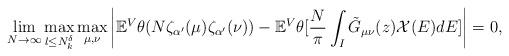
LaTeX: \begin{align*} \lim_{N \rightarrow \infty} \max_{l \leq N_k^{\delta} } \max_{\mu, \nu} \left \vert \mathbb{E}^V \theta(N \zeta_{\alpha^{\prime}}(\mu)\zeta_{\alpha^{\prime}}(\nu))-\mathbb{E}^V \theta[\frac{N}{\pi}\int_{I} \tilde{G}_{\mu \nu}(z) \mathcal{X}(E) dE] \right\vert =0,\end{align*}